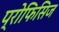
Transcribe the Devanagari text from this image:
प्रोफिसिज